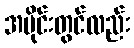
အပိုင်းတွင်လည်း